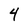
Character: 4